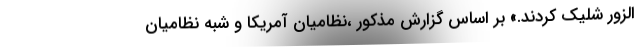
الزور شلیک کردند.» بر اساس گزارش مذکور ،نظامیان آمریکا و شبه نظامیان